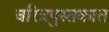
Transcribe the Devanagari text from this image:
चरित्रपुस्तकात